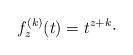
LaTeX: \begin{align*}f_z^{(k)}(t) = t^{z+k}\cdot\end{align*}